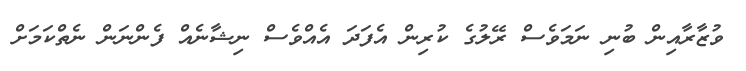
ވުޒާރާއިން ބުނި ނަމަވެސް ރޭލުގެ ކުރިން އެފަދަ އެއްވެސް ނިޝާނެއް ފެންނަން ނެތްކަމަށް